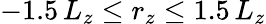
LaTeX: -1.5\, L_{z}\leq r_{z}\leq 1.5\, L_{z}